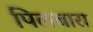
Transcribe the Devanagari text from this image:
पिलबारा